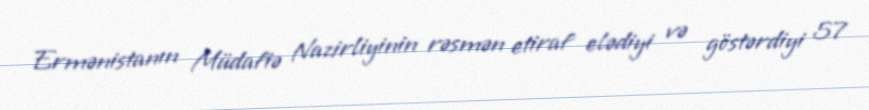
Ermənistanın Müdafiə Nazirliyinin rəsmən etiraf elədiyi və göstərdiyi 57